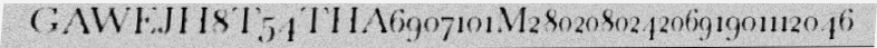
GAWEJH8T54THA6907101M28020802420691901112046